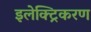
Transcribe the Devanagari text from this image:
इलेक्ट्रिकरण